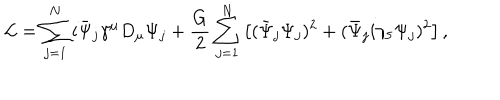
{ \cal L } = \sum _ { j = 1 } ^ { N } i \bar { \Psi } _ { j } \gamma ^ { \mu } D _ { \mu } \Psi _ { j } + \frac { G } { 2 } \sum _ { j = 1 } ^ { N } \left[ ( \bar { \Psi } _ { j } \Psi _ { j } ) ^ { 2 } + ( \bar { \Psi } _ { j } i \gamma _ { 5 } \Psi _ { j } ) ^ { 2 } \right] ,